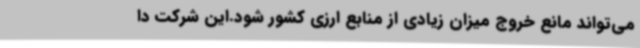
می‌تواند مانع خروج میزان زیادی از منابع ارزی کشور شود.این شرکت دا